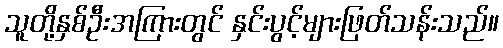
သူတို့နှစ်ဦးအကြားတွင် နှင်းပွင့်များဖြတ်သန်းသည်။